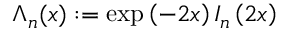
\Lambda _ { n } ( x ) : = \exp \left( - 2 x \right) I _ { n } \left( 2 x \right)